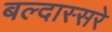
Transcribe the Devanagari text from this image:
बल्दास्सरे